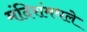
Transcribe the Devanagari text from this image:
मंदिरांमधले